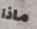
ماذا